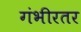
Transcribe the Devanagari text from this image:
गंभीरतर